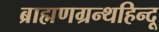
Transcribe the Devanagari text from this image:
ब्राह्मणग्रन्थहिन्दू